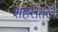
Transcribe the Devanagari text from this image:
शहरांतले